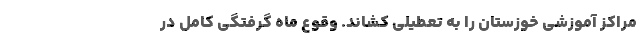
مراکز آموزشی خوزستان را به تعطیلی کشاند. وقوع ماه گرفتگی کامل در